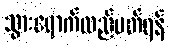
သွားရောက်လည်ပတ်ရန်